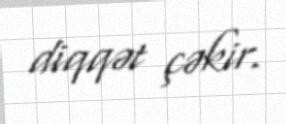
diqqət çəkir.